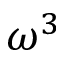
\omega ^ { 3 }